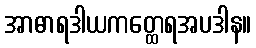
အာဓာရဒါယကတ္ထေရအပဒါန။